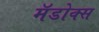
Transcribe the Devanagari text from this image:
मॅडोक्स